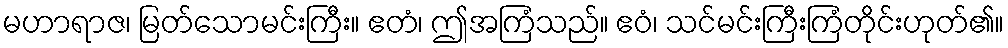
မဟာရာဇ၊ မြတ်သောမင်းကြီး။ ဧတံ၊ ဤအကြံသည်။ ဧဝံ၊ သင်မင်းကြီးကြံတိုင်းဟုတ်၏။